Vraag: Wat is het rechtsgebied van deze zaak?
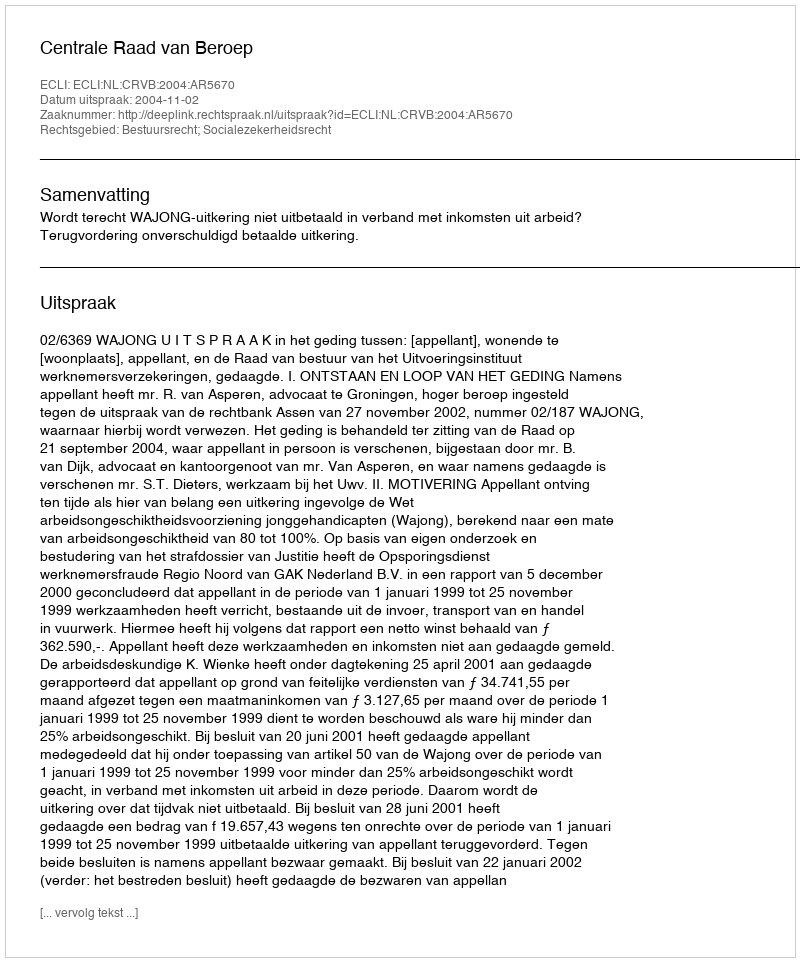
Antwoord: Bestuursrecht; Socialezekerheidsrecht